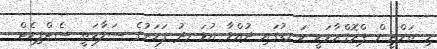
މި ތަމްރީން ޕްރޮގްރާމަކީ ކަނޑުގައި ދުއްވާ އުޅަނދު ފަހަރުގެ ސަލާމަތީ ސެޓްފިކެޓް